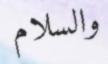
والسلام